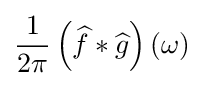
{\frac {1}{2\pi }}\left({\widehat {f}}*{\widehat {g}}\right)(\omega )